Leprosy in India: report of the Leprosy Commission in India, 1890-91
Year: 1890
Disease focus: Leprosy
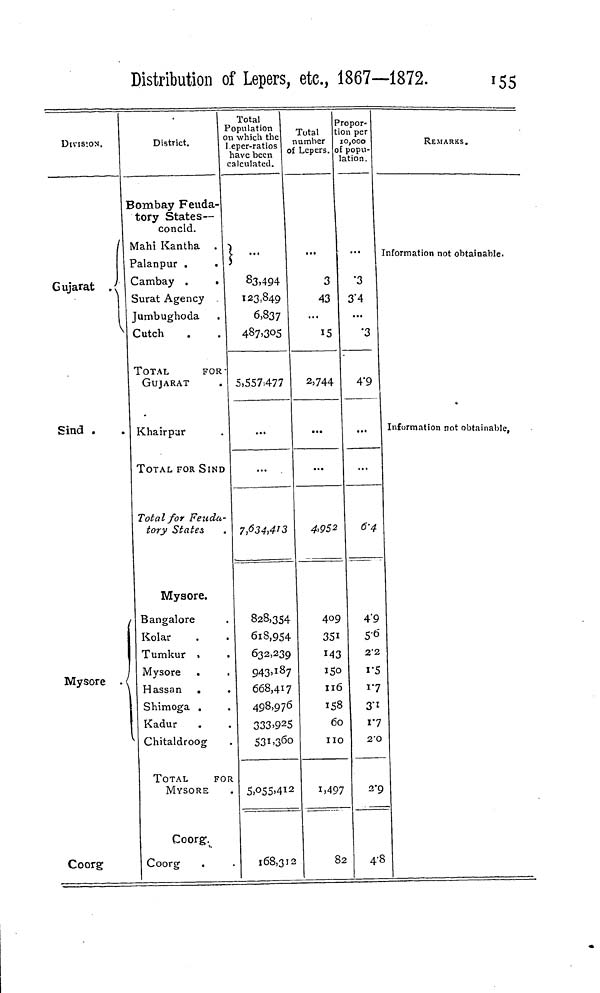
Distribution of Lepers, etc, 1867—1872.
155
DIVISION.
Gujarat
Sind .
Mysore
\
Coorg
District.
Bombay Feuda-
tory States--
concld.
Mahi Kantha
Palanpur .
Cambay
Surat Agency .
Jumbughoda
Cutch
TOTAL
FOR
GUJARAT
Khairpur
TOTAL FOR SINE
Total for Feuda
tory States
Mysore.
Bangalore
Kolar
Tumkur ,
Mysore
Hassan .
Shimoga ,
Kadur
Chitaldroog
TOTAL FOR
MYSORE
Coorg.
Coorg
Total
Population
on which the
Leper-ratios
have been
calculated.
...
83.494
123,849
6,837
487'3O5
5,557,477
...
>
7,634,413
828,354
618,954
632,239
943,187
668,417
498,976
333,925
531,360
5,055,412
168,312
Total
number
of Lepers.
«..
3
43
15
2,744
...
...
4,952
40c
351
143
150
116
158
6c
IK
1,497
2
8
Propor-
tion per
10,000
of popu-
lation.
...
.3
3'4
...
.3
4.9
...
...
6.4
4.9
5.6
2.2
1.5
1.7
3.1
1.7
2X
2"C
4 .
REMARKS.
Information not obtainable.
Information not obtainable,